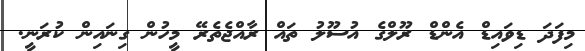
މިފަދަ ޑިވައިޑް އެންޑް ރޫލްގެ އުސޫލު ތައް ރާއްޖެތެރޭ މީހުން ގިނައިން ކުރަނީ.